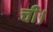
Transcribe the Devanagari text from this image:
ची।